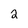
Character: 2